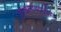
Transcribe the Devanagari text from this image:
आदलाबदलीचा